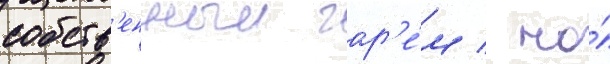
собств'енныи гар'е́м / но́